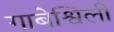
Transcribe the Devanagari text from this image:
गाबेश्विली